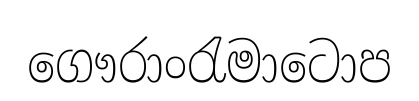
ගෞරාංරැමාටොප